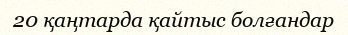
20 қаңтарда қайтыс болғандар